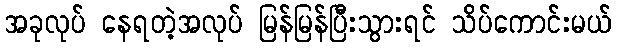
အခုလုပ် နေရတဲ့အလုပ် မြန်မြန်ပြီးသွားရင် သိပ်ကောင်းမယ်